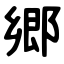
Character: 郷